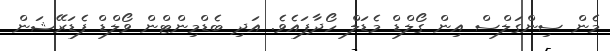
މެން ސިންގަލްސް އިން ގޯލްޑް މެޑަލް ހޯދާފައެވެ. އަދި ބެޑްމިންޓްން ވޯލްޑް ފެޑަރޭޝަން